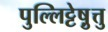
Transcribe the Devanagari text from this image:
पुल्लिट्टेष़ुत्तु